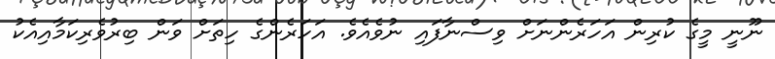
ނޫނީ މީގެ ކުރިން އަހަރެންނަށް ވިސްނާފައި ނުވެއެވެ. އަހަރެންގެ ހިތަށް ވަން ބިރުވެރިކަމާއިއެކު